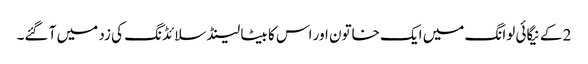
2 کے نیگائی لوانگ میں ایک خاتون اور اس کا بیٹا لینڈ سلائڈنگ کی زد میں آ گئے۔